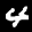
Label: 4